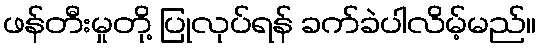
ဖန်တီးမှုတို့ ပြုလုပ်ရန် ခက်ခဲပါလိမ့်မည်။